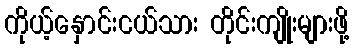
ကိုယ့်နှောင်းငယ်သား တိုင်းကျိုးများဖို့